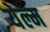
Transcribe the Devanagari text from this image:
येल्म